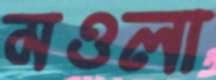
মওলা